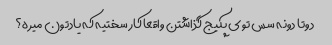
دوتا دونه سس توی پکیج گذاشتن واقعا کار سختیه که یادتون میره؟